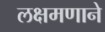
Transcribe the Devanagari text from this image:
लक्षमणाने